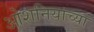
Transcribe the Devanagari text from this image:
ओशनियाच्या